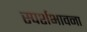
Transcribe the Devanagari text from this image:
स्पर्शभावना